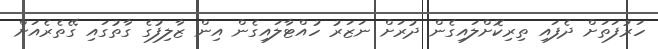
ހަރުފަތަށް ދެފައި ތިރިކޮށްލައިގެން ދުރަށް ނަޒަރު ހުއްޓާލައިގެން އިން ޒާލިފުގެ ގާތުގައި ގޭތެރެއަށް